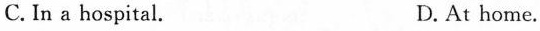
C. In a hospital. D. At home.